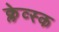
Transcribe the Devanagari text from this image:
क्लेव्स्क